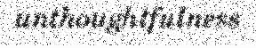
unthoughtfulness